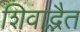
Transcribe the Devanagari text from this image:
शिवाद्भैत